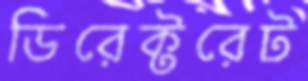
ডিরেক্টরেট